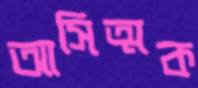
আসিত্মক